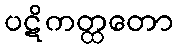
ပဋိကတ္ထတော